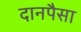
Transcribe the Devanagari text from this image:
दानपैसा